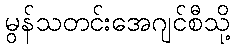
မွန်သတင်းအေဂျင်စီသို့